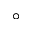
^ \circ